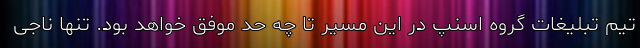
تیم تبلیغات گروه اسنپ در این مسیر تا چه حد موفق خواهد بود. تنها ناجی